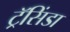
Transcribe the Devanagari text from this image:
ट्रॅसिंडा